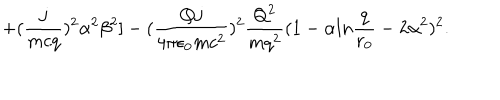
LaTeX: + ( { \frac { j } { m c q } } ) ^ { 2 } \alpha ^ { 2 } \beta ^ { 2 } ] - ( { \frac { Q j } { 4 \pi \epsilon _ { 0 } m c ^ { 2 } } } ) ^ { 2 } { \frac { Q ^ { 2 } } { m q ^ { 2 } } } ( 1 - \alpha l n { \frac { q } { r _ { 0 } } } - 2 \alpha ^ { 2 } ) ^ { 2 } .